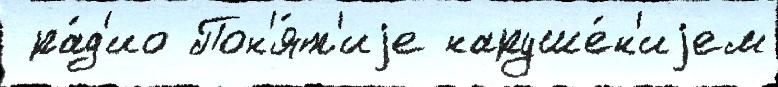
 ра́д'ио Пон'я́т'иjе наруше́н'иjем